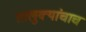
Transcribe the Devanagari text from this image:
तालुक्यांचाच